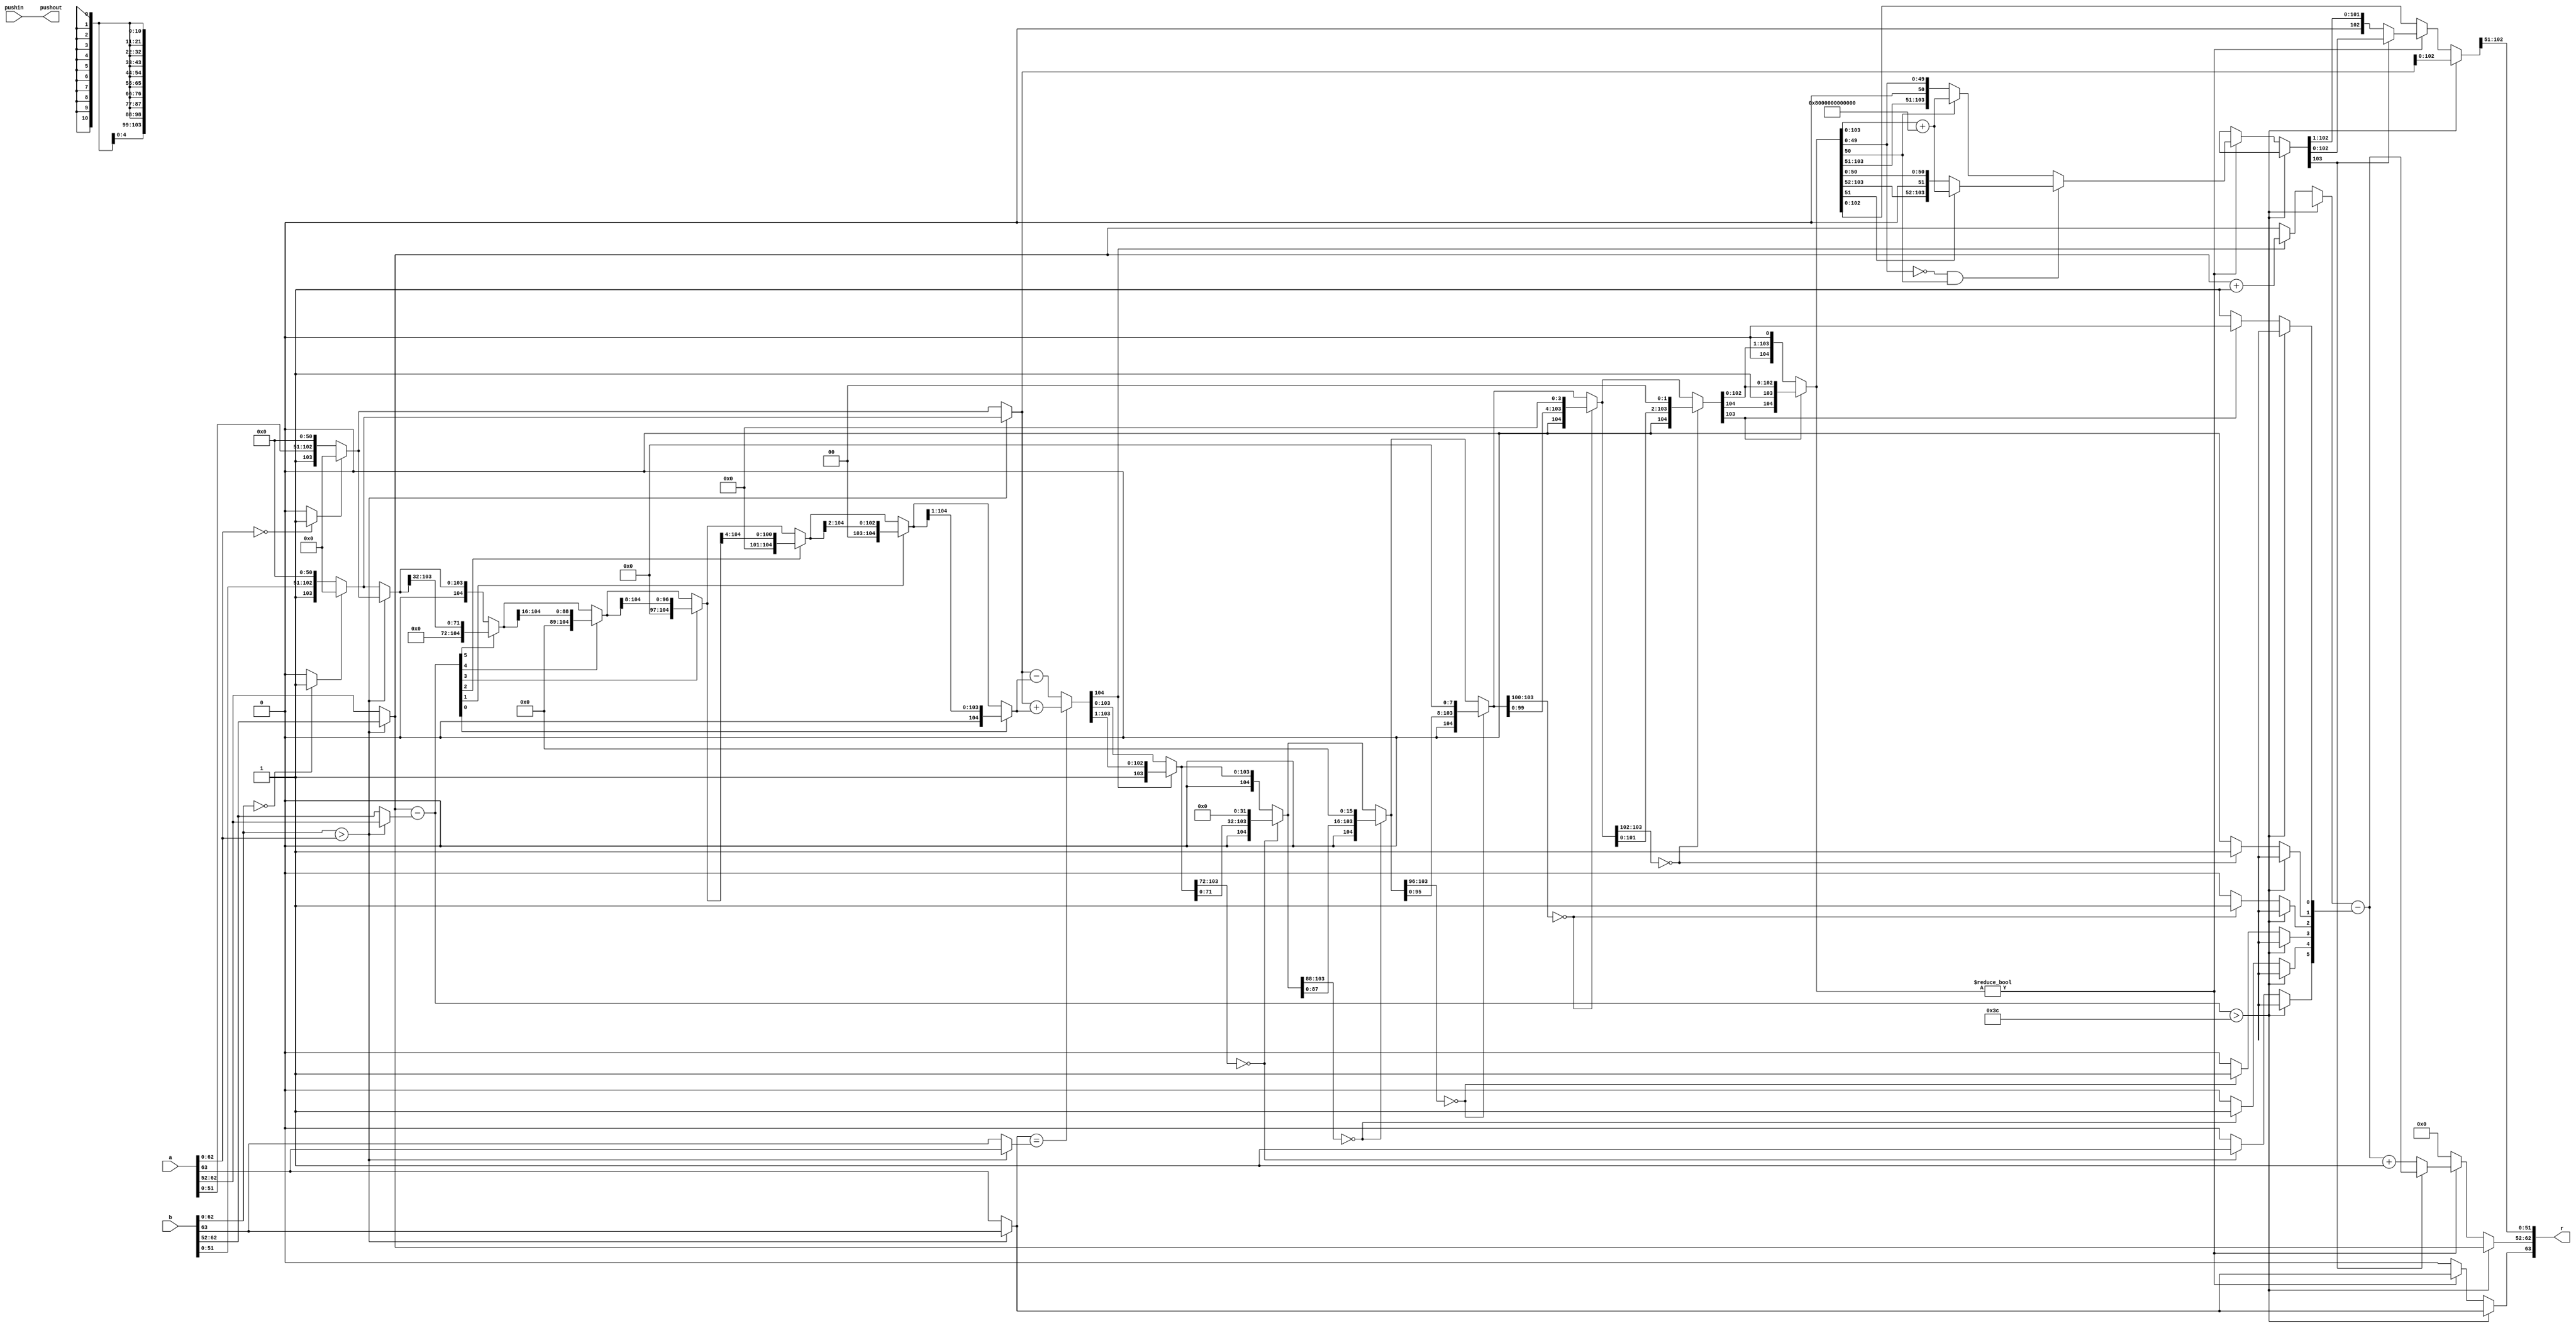

module fpadd(pushin,a,b,pushout,r);
input pushin;
input [63:0] a,b;	// the a and b inputs
output [63:0] r;	// the results from this multiply
output pushout;		// indicates we have an answer this cycle

parameter fbw=104;

reg sA,sB;		// the signs of the a and b inputs
reg [10:0] expA, expB,expR;		// the exponents of each
reg [fbw:0] fractA, fractB,fractR,fractAdd,fractPreRound,denormB,
	f2,d2;	
	// the fraction of A and B  present
reg zeroA,zeroB;	// a zero operand (special case for later)
	

reg signres;		// sign of the result
reg [10:0] expres;	// the exponent result
reg [63:0] resout;	// the output value from the always block
integer iea,ieb,ied;	// exponent stuff for difference...
integer renorm;		// How much to renormalize...
parameter [fbw:0] zero=0;
reg stopinside;

assign r=resout;
assign pushout=pushin;

always @(*) begin
  zeroA = (a[62:0]==0)?1:0;
  zeroB = (b[62:0]==0)?1:0;
  renorm=0;
  if( b[62:0] > a[62:0] ) begin
    expA = b[62:52];
    expB = a[62:52];
    sA = b[63];
    sB = a[63];
    fractA = (zeroB)?0:{ 2'b1, b[51:0],zero[fbw:54]};
    fractB = (zeroA)?0:{ 2'b1, a[51:0],zero[fbw:54]};
    signres=sA;
  end else begin
    sA = a[63];
    sB = b[63];
    expA = a[62:52];
    expB = b[62:52];
    fractA = (zeroA)?0:{ 2'b1, a[51:0],zero[fbw:54]};
    fractB = (zeroB)?0:{ 2'b1, b[51:0],zero[fbw:54]};
    signres=sA;
  end
  iea=expA;
  ieb=expB;
  ied=expA-expB;
  if(ied > 60) begin
    expR=expA;
    fractR=fractA;
  end else begin
    expR=expA;
    denormB=0;
    fractB=(ied[5])?{32'b0,fractB[fbw:32]}: {fractB};
    fractB=(ied[4])?{16'b0,fractB[fbw:16]}: {fractB};
    fractB=(ied[3])?{ 8'b0,fractB[fbw:8 ]}: {fractB};
    fractB=(ied[2])?{ 4'b0,fractB[fbw:4 ]}: {fractB};
    fractB=(ied[1])?{ 2'b0,fractB[fbw:2 ]}: {fractB};
    fractB=(ied[0])?{ 1'b0,fractB[fbw:1 ]}: {fractB};

    if(sA == sB) fractR=fractA+fractB; else fractR=fractA-fractB;
    fractAdd=fractR;
    renorm=0;
    if(fractR[fbw]) begin
      fractR={1'b0,fractR[fbw:1]};
      expR=expR+1;
    end
    if(fractR[fbw-1:fbw-32]==0) begin 
	renorm[5]=1; fractR={ 1'b0,fractR[fbw-33:0],32'b0 }; 
    end
    if(fractR[fbw-1:fbw-16]==0) begin 
	renorm[4]=1; fractR={ 1'b0,fractR[fbw-17:0],16'b0 }; 
    end
    if(fractR[fbw-1:fbw-8]==0) begin 
	renorm[3]=1; fractR={ 1'b0,fractR[fbw-9:0], 8'b0 }; 
    end
    if(fractR[fbw-1:fbw-4]==0) begin 
	renorm[2]=1; fractR={ 1'b0,fractR[fbw-5:0], 4'b0 }; 
    end
    if(fractR[fbw-1:fbw-2]==0) begin 
	renorm[1]=1; fractR={ 1'b0,fractR[fbw-3:0], 2'b0 }; 
    end
    if(fractR[fbw-1   ]==0) begin 
	renorm[0]=1; fractR={ 1'b0,fractR[fbw-2:0], 1'b0 }; 
    end
    fractPreRound=fractR;
    if(fractR != 0) begin
      if(fractR[fbw-55:0]==0 && fractR[fbw-54]==1) begin
	if(fractR[fbw-53]==1) fractR=fractR+{1'b1,zero[fbw-54:0]};
      end else begin
        if(fractR[fbw-54]==1) fractR=fractR+{1'b1,zero[fbw-54:0]};
      end
      expR=expR-renorm;
      if(fractR[fbw-1]==0) begin
       expR=expR+1;
       fractR={1'b0,fractR[fbw-1:1]};
      end
    end else begin
      expR=0;
      signres=0;
    end
  end

  resout={signres,expR,fractR[fbw-2:fbw-53]};

end

endmodule